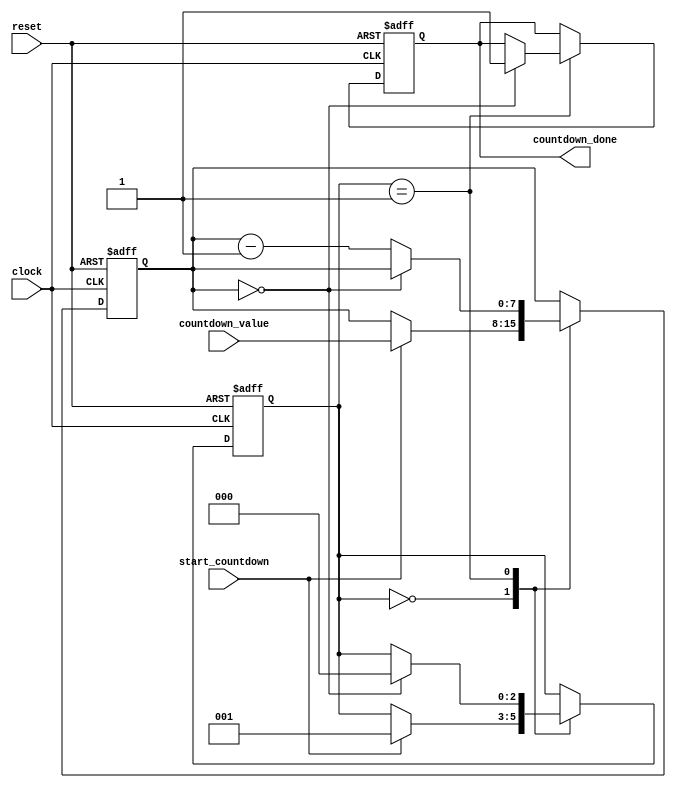
module countdown_timer (
    input wire clock,
    input wire reset,
    input wire start_countdown,
    input wire [7:0] countdown_value,
    output reg countdown_done
);

reg [7:0] countdown_reg;
reg [2:0] state;

always @(posedge clock or posedge reset) begin
    if (reset) begin
        countdown_reg <= 8'b0;
        countdown_done <= 1'b0;
        state <= 3'b000;
    end else begin
        case (state)
            3'b000: begin // Idle state
                if (start_countdown) begin
                    countdown_reg <= countdown_value;
                    state <= 3'b001; // Move to Countdown state
                end
            end
            3'b001: begin // Countdown state
                if (countdown_reg == 8'b0) begin
                    countdown_done <= 1'b1; // Countdown finished
                    state <= 3'b000; // Move back to Idle state
                end else begin
                    countdown_reg <= countdown_reg - 1; // Decrement countdown value
                end
            end
        endcase
    end
end

endmodule